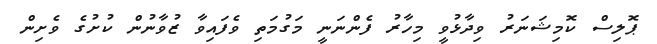
ޕޮލިސް ކޮމިޝަނަރު ވިދާޅުވީ މިހާރު ފެންނަނީ މަގުމަތި ވެފައިވާ ޒުވާނުން ކުށުގެ ވެށިން